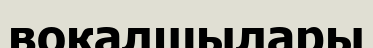
вокалшылары